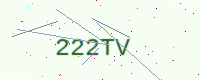
Text: 222TV